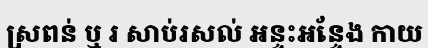
ស្រពន់ ឬ រ សាប់រសល់ អន្ទះអន្ទែង កាយ